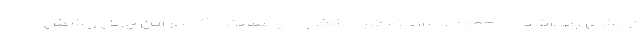
آرایشی بهداشتی از جمله مصادیق گروه شغلی دو هستند که در این چهل و شش